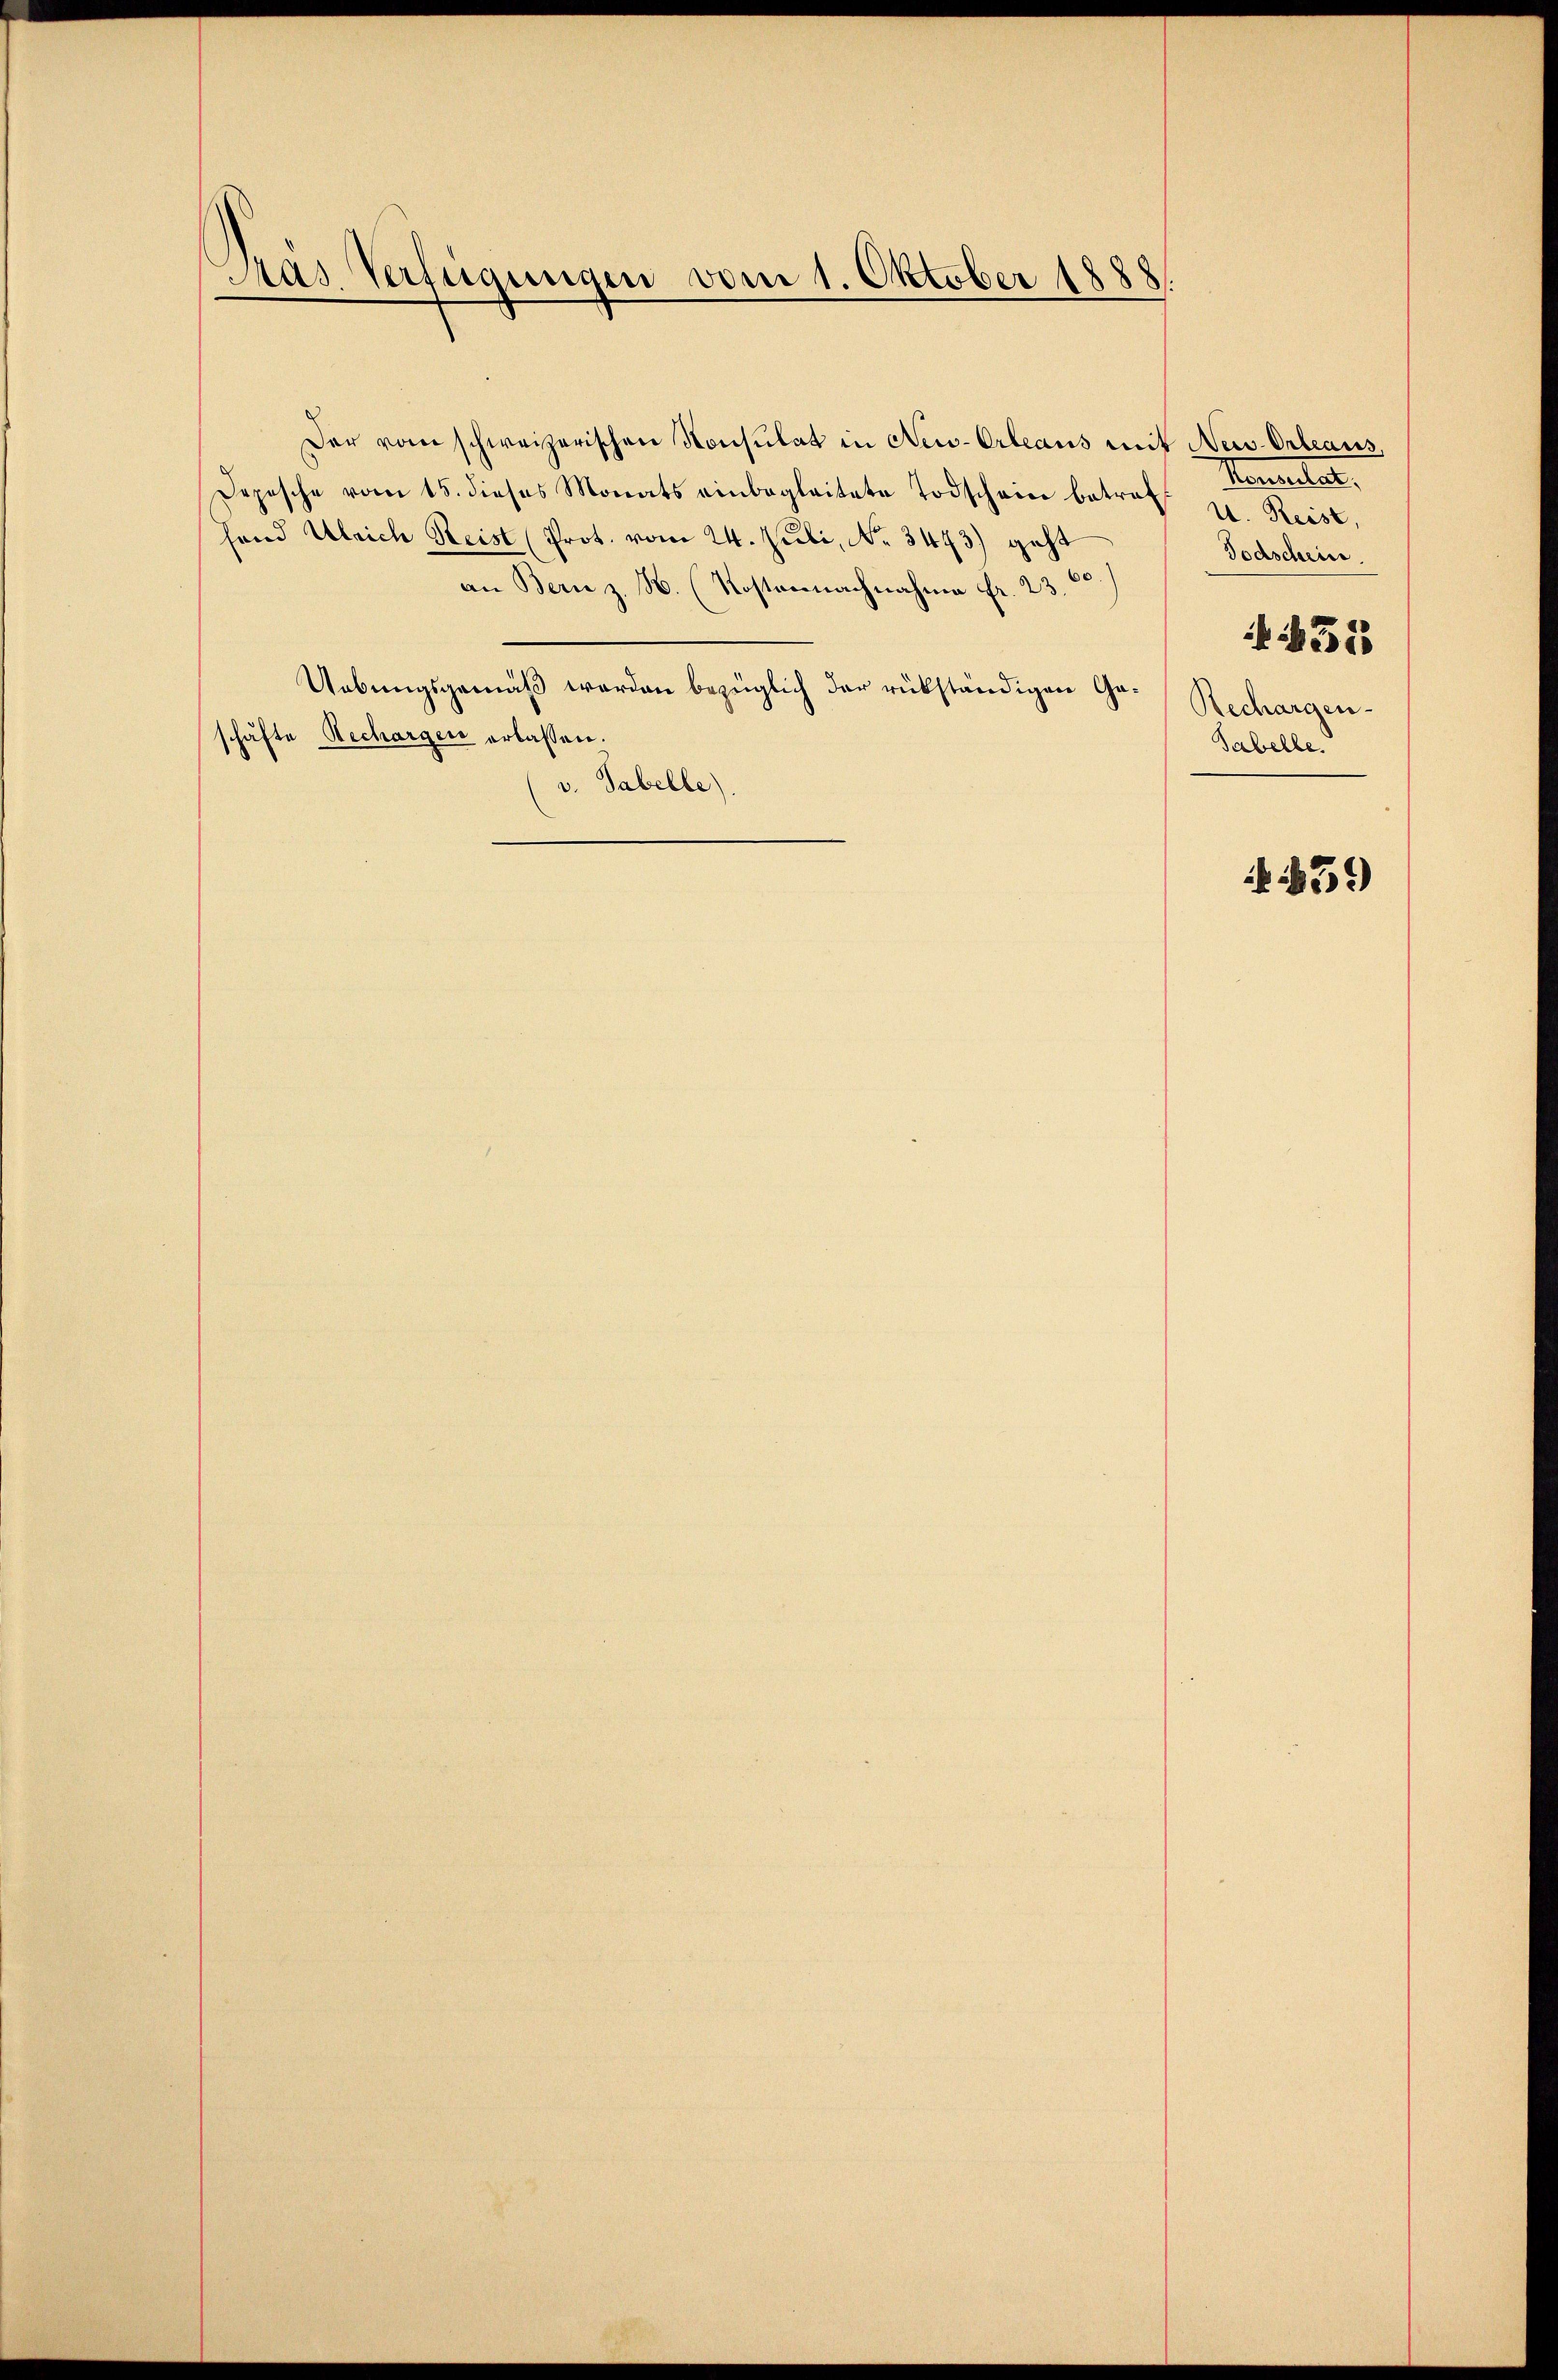
Pas Verfügungen vom 1. Oktober 1888

Der vom schweizerischen Konsulat in New-Orleaus mit New-Orleans,
Depesche vom 15. dieses Monats einbegleitete Todschein betraf
hand Ulrich Reist (Prot. vom 24. Juli, No. 3473) geht
an Berne z. B. (Kostennachnahme fr. 23. 60)
Uebungsgemäß werden bezüglich der rükständigen Gaschäfte Rechargen erlassen.
v. Tabelle).

Namentat
u. Reist,
Todschein.
515
Rechargen-
Sabelle.

459)